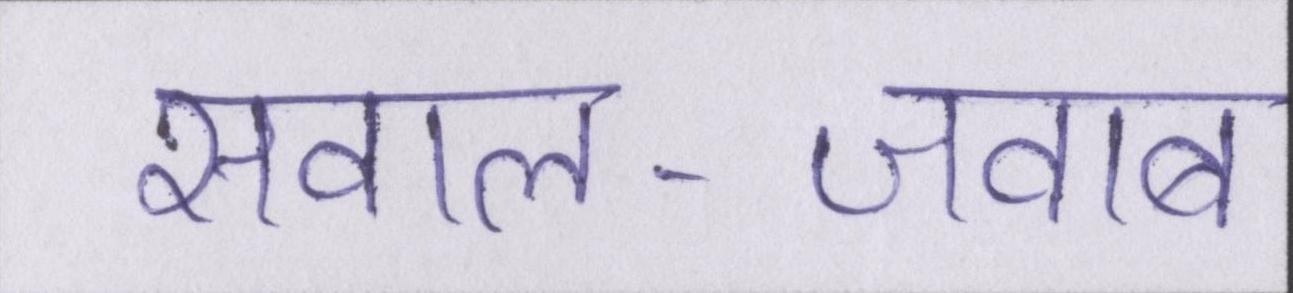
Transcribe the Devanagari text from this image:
सवाल-जवाब